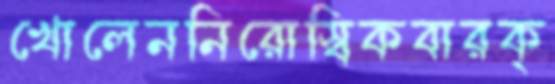
খোলেননিরোস্‌বিকবারক্